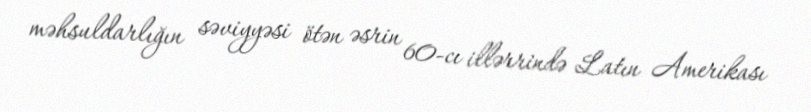
məhsuldarlığın səviyyəsi ötən əsrin 60-cı illərrində Latın Amerikası